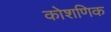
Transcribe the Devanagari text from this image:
कोशणिक